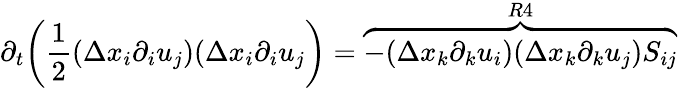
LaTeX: \partial_{t}\bigg(\frac{1}{2}(\Delta x_{i}\partial_{i}u_{j})(\Delta x_{i}\partial_{i}u_{j}\bigg)=\overbrace{-(\Delta x_{k}\partial_{k}u_{i})(\Delta x_{k}\partial_{k}u_{j})S_{ij}}^{R4}